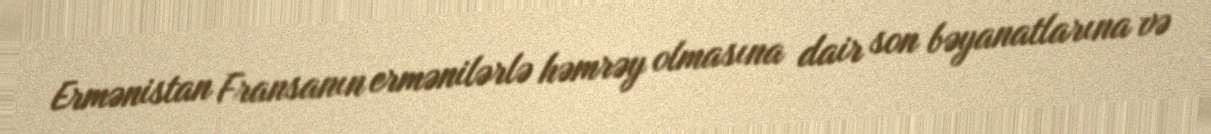
Ermənistan Fransanın ermənilərlə həmrəy olmasına dair son bəyanatlarına və